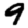
Digit: 9